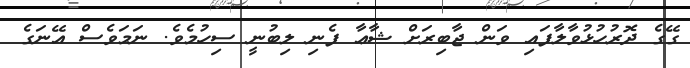
ގޭގެ ދޮރުހުޅުވާލާފައި ވަން ޖާބިރަށް ޝާޢާ ފެނި ލިބުނީ ސިހުމެވެ. ނަމަވެސް އޭނަގެ